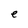
Character: e